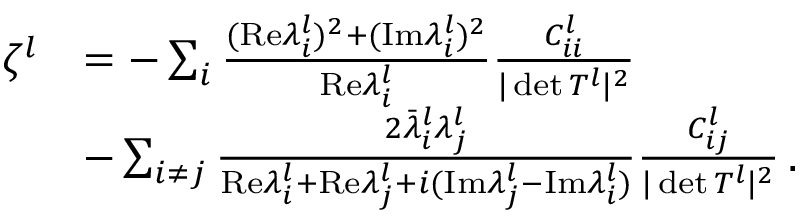
\begin{array} { r l } { \ \! \! \zeta ^ { l } } & { = - \sum _ { i } \frac { ( \mathrm { R e } \lambda _ { i } ^ { l } ) ^ { 2 } + ( \mathrm { I m } \lambda _ { i } ^ { l } ) ^ { 2 } } { \mathrm { R e } \lambda _ { i } ^ { l } } \frac { C _ { i i } ^ { l } } { \vert \operatorname* { d e t } T ^ { l } \vert ^ { 2 } } } \\ & { - \sum _ { i \neq j } \frac { 2 \bar { \lambda } _ { i } ^ { l } \lambda _ { j } ^ { l } } { \mathrm { R e } \lambda _ { i } ^ { l } + \mathrm { R e } \lambda _ { j } ^ { l } + i ( \mathrm { I m } \lambda _ { j } ^ { l } - \mathrm { I m } \lambda _ { i } ^ { l } ) } \frac { C _ { i j } ^ { l } } { \vert \operatorname* { d e t } T ^ { l } \vert ^ { 2 } } \, . } \end{array}